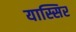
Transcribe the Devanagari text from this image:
यास्सिर